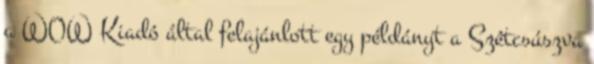
a WOW Kiadó által felajánlott egy példányt a Szétcsúszva